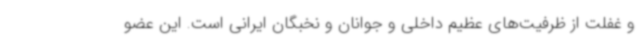
و غفلت از ظرفیت‌های عظیم داخلی و جوانان و نخبگان ایرانی است. این عضو